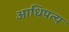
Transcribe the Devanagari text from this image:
अाधिपत्य